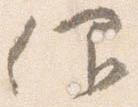
仰